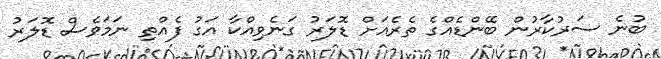
ބުނެ ސަރުކާރުން ބޭންޑެއްގެ ތެރެއަށް ޑޮލަރު ގަނެވިއްކާ އަގު ފެއްތި ނަމަވެސް ޑޮލަރު